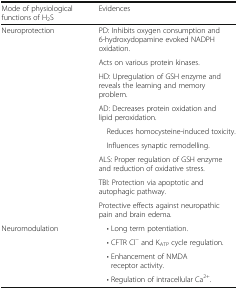
<table><thead><tr><td><b>Mode of physiological functions of H<sub>2</sub>S</b></td><td><b>Evidences</b></td></tr></thead><tbody><tr><td rowspan="9">Neuroprotection</td><td>PD: Inhibits oxygen consumption and 6-hydroxydopamine evoked NADPH oxidation.</td></tr><tr><td>Acts on various protein kinases.</td></tr><tr><td>HD: Upregulation of GSH enzyme and reveals the learning and memory problem.</td></tr><tr><td>AD: Decreases protein oxidation and lipid peroxidation.</td></tr><tr><td> Reduces homocysteine-induced toxicity.</td></tr><tr><td> Influences synaptic remodelling.</td></tr><tr><td>ALS: Proper regulation of GSH enzyme and reduction of oxidative stress.</td></tr><tr><td>TBI: Protection via apoptotic and autophagic pathway.</td></tr><tr><td>Protective effects against neuropathic pain and brain edema.</td></tr><tr><td rowspan="4">Neuromodulation</td><td> • Long term potentiation.</td></tr><tr><td> • CFTR Cl<sup>−</sup> and K<sub>ATP</sub> cycle regulation.</td></tr><tr><td> • Enhancement of NMDA receptor activity.</td></tr><tr><td> • Regulation of intracellular Ca<sup>2+</sup>.</td></tr></tbody></table>